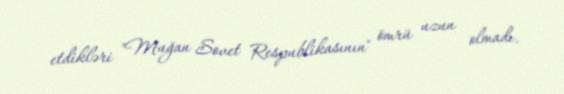
etdikləri "Muğan Sovet Respublikasının" ömrü uzun olmadı.